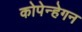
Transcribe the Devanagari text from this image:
कोपेन्हेगन